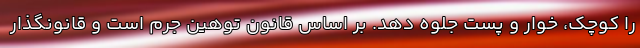
را کوچک، خوار و پست جلوه دهد. بر اساس قانون توهین جرم است و قانونگذار